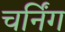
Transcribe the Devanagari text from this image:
चर्निंग